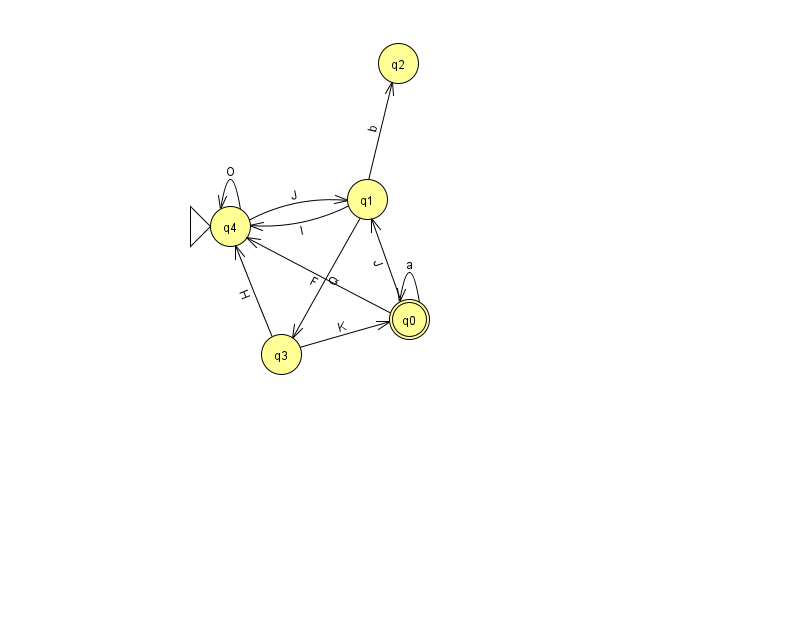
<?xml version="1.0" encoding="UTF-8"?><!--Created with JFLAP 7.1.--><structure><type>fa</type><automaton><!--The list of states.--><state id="0" name="q0"><x>409.0</x><y>306.0</y><final/></state><state id="1" name="q1"><x>367.0</x><y>186.0</y></state><state id="2" name="q2"><x>398.0</x><y>50.0</y></state><state id="3" name="q3"><x>281.0</x><y>341.0</y></state><state id="4" name="q4"><x>230.0</x><y>213.0</y><initial/></state><!--The list of transitions.--><transition><from>0</from><to>0</to><read>a</read></transition><transition><from>1</from><to>3</to><read>Q</read></transition><transition><from>0</from><to>1</to><read>J</read></transition><transition><from>3</from><to>0</to><read>K</read></transition><transition><from>0</from><to>4</to><read>F</read></transition><transition><from>1</from><to>4</to><read>l</read></transition><transition><from>4</from><to>1</to><read>J</read></transition><transition><from>1</from><to>2</to><read>b</read></transition><transition><from>3</from><to>4</to><read>H</read></transition><transition><from>4</from><to>4</to><read>O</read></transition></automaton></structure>